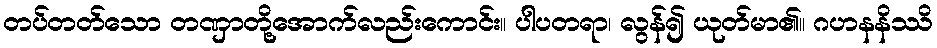
တပ်တတ်သော တဏှာတို့အောက်လည်းကောင်း။ ပါပတရာ၊ လွန်၍ ယုတ်မာ၏။ ဂဟနနိဿိ